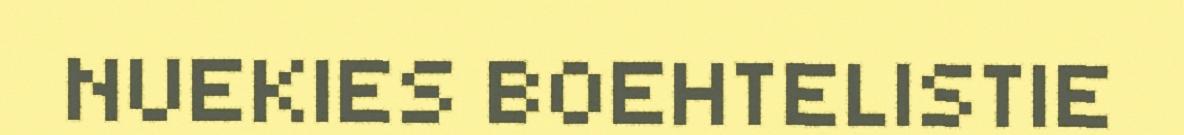
NUEKIES BOEHTELISTIE